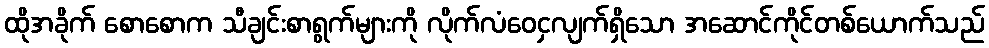
ထိုအခိုက် စောစောက သီချင်းစာရွက်များကို လိုက်လံဝေငှလျက်ရှိသော အဆောင်ကိုင်တစ်ယောက်သည်